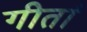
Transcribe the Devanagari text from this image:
गीतां